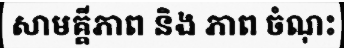
សាមគ្គីភាព និង ភាព ចំណុះ